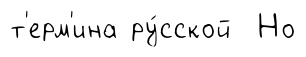
т'ерм'ина ру́сской Но